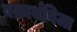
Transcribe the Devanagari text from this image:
वक्रार्थविजा